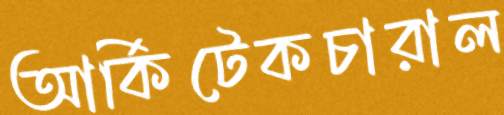
আর্কিটেকচারাল